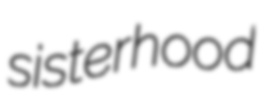
sisterhood